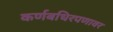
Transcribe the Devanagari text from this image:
कर्णबधिरपणावर